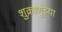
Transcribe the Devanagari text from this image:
शुक्राणुंच्या